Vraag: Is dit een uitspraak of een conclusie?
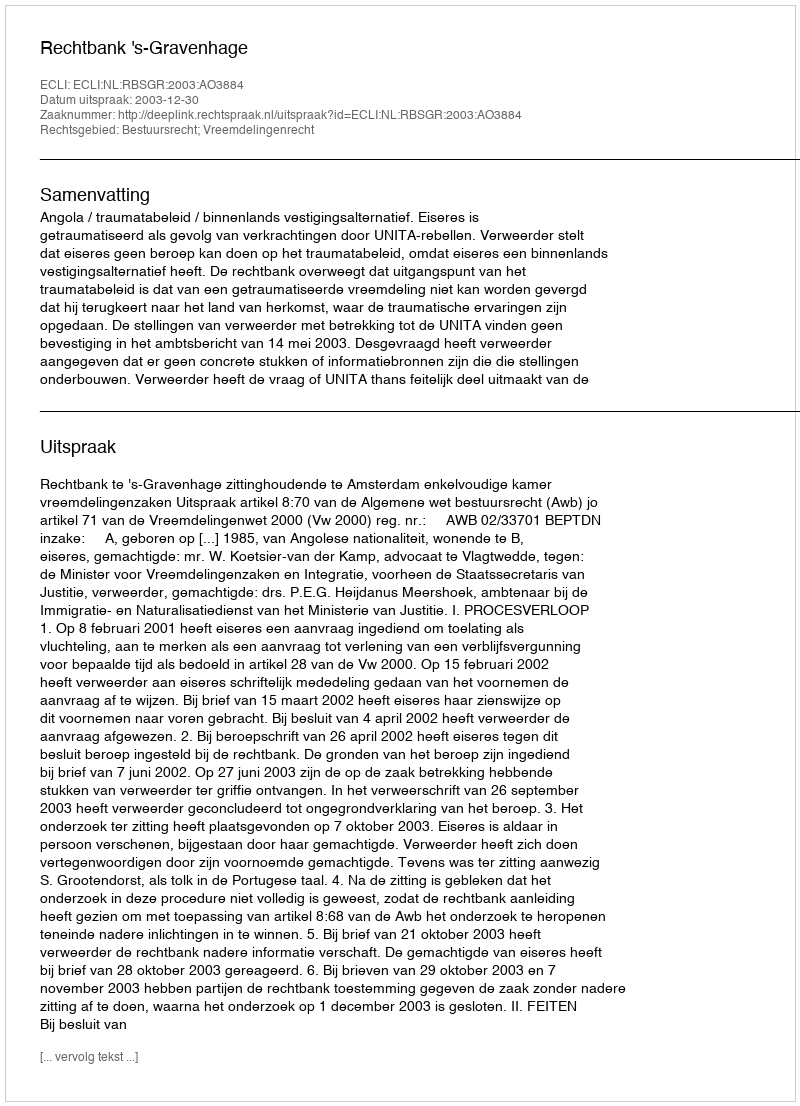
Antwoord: Uitspraak